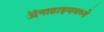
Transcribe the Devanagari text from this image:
ॲनाहाइममध्ये